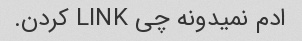
ادم نمیدونه چی LINK کردن.